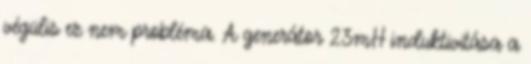
végülis ez nem probléma. A generátor 23mH induktivitása a